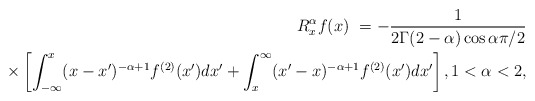
\begin{align*}R_{x}^{\alpha}f(x)\ =-\frac{1}{2\Gamma(2-\alpha)\cos\alpha\pi/2}\\\times\left[ \int_{-\infty}^{x}(x-x^{\prime})^{-\alpha+1}f^{(2)}(x^{\prime})dx^{\prime}+\int_{x}^{\infty}(x^{\prime}-x)^{-\alpha+1}f^{(2)}(x^{\prime})dx^{\prime}\right] ,1<\alpha<2,\end{align*}